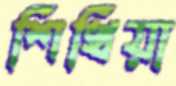
শিখিয়া